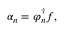
\alpha _ { n } = \varphi _ { n } ^ { \dagger } f ,